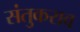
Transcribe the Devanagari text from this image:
संतुकराव